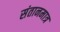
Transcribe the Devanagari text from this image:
संतानमात्र